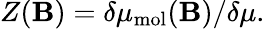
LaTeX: Z(\mathbf{B})=\delta\mu_{\mathrm{{mol}}}(\mathbf{B})/\delta\mu.